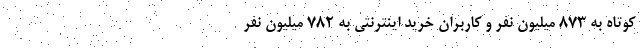
کوتاه به ۸۷۳ میلیون نفر و کاربران خرید اینترنتی به ۷۸۲ میلیون نفر